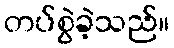
တပ်စွဲခဲ့သည်။